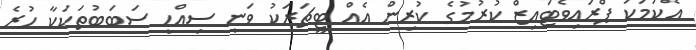
އެކަމަކު ޕްރައިވެޓައިޒް ކުރުމުގެ ކުރިން އެއް ޓީޗަރަކު ވަނީ ސިއްހީ ސަބަބުތަކަކާ ހުރެ